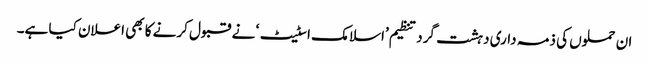
ان حملوں کی ذمہ داری دہشت گرد تنظیم ’اسلامک اسٹیٹ‘ نے قبول کرنے کا بھی اعلان کیا ہے۔